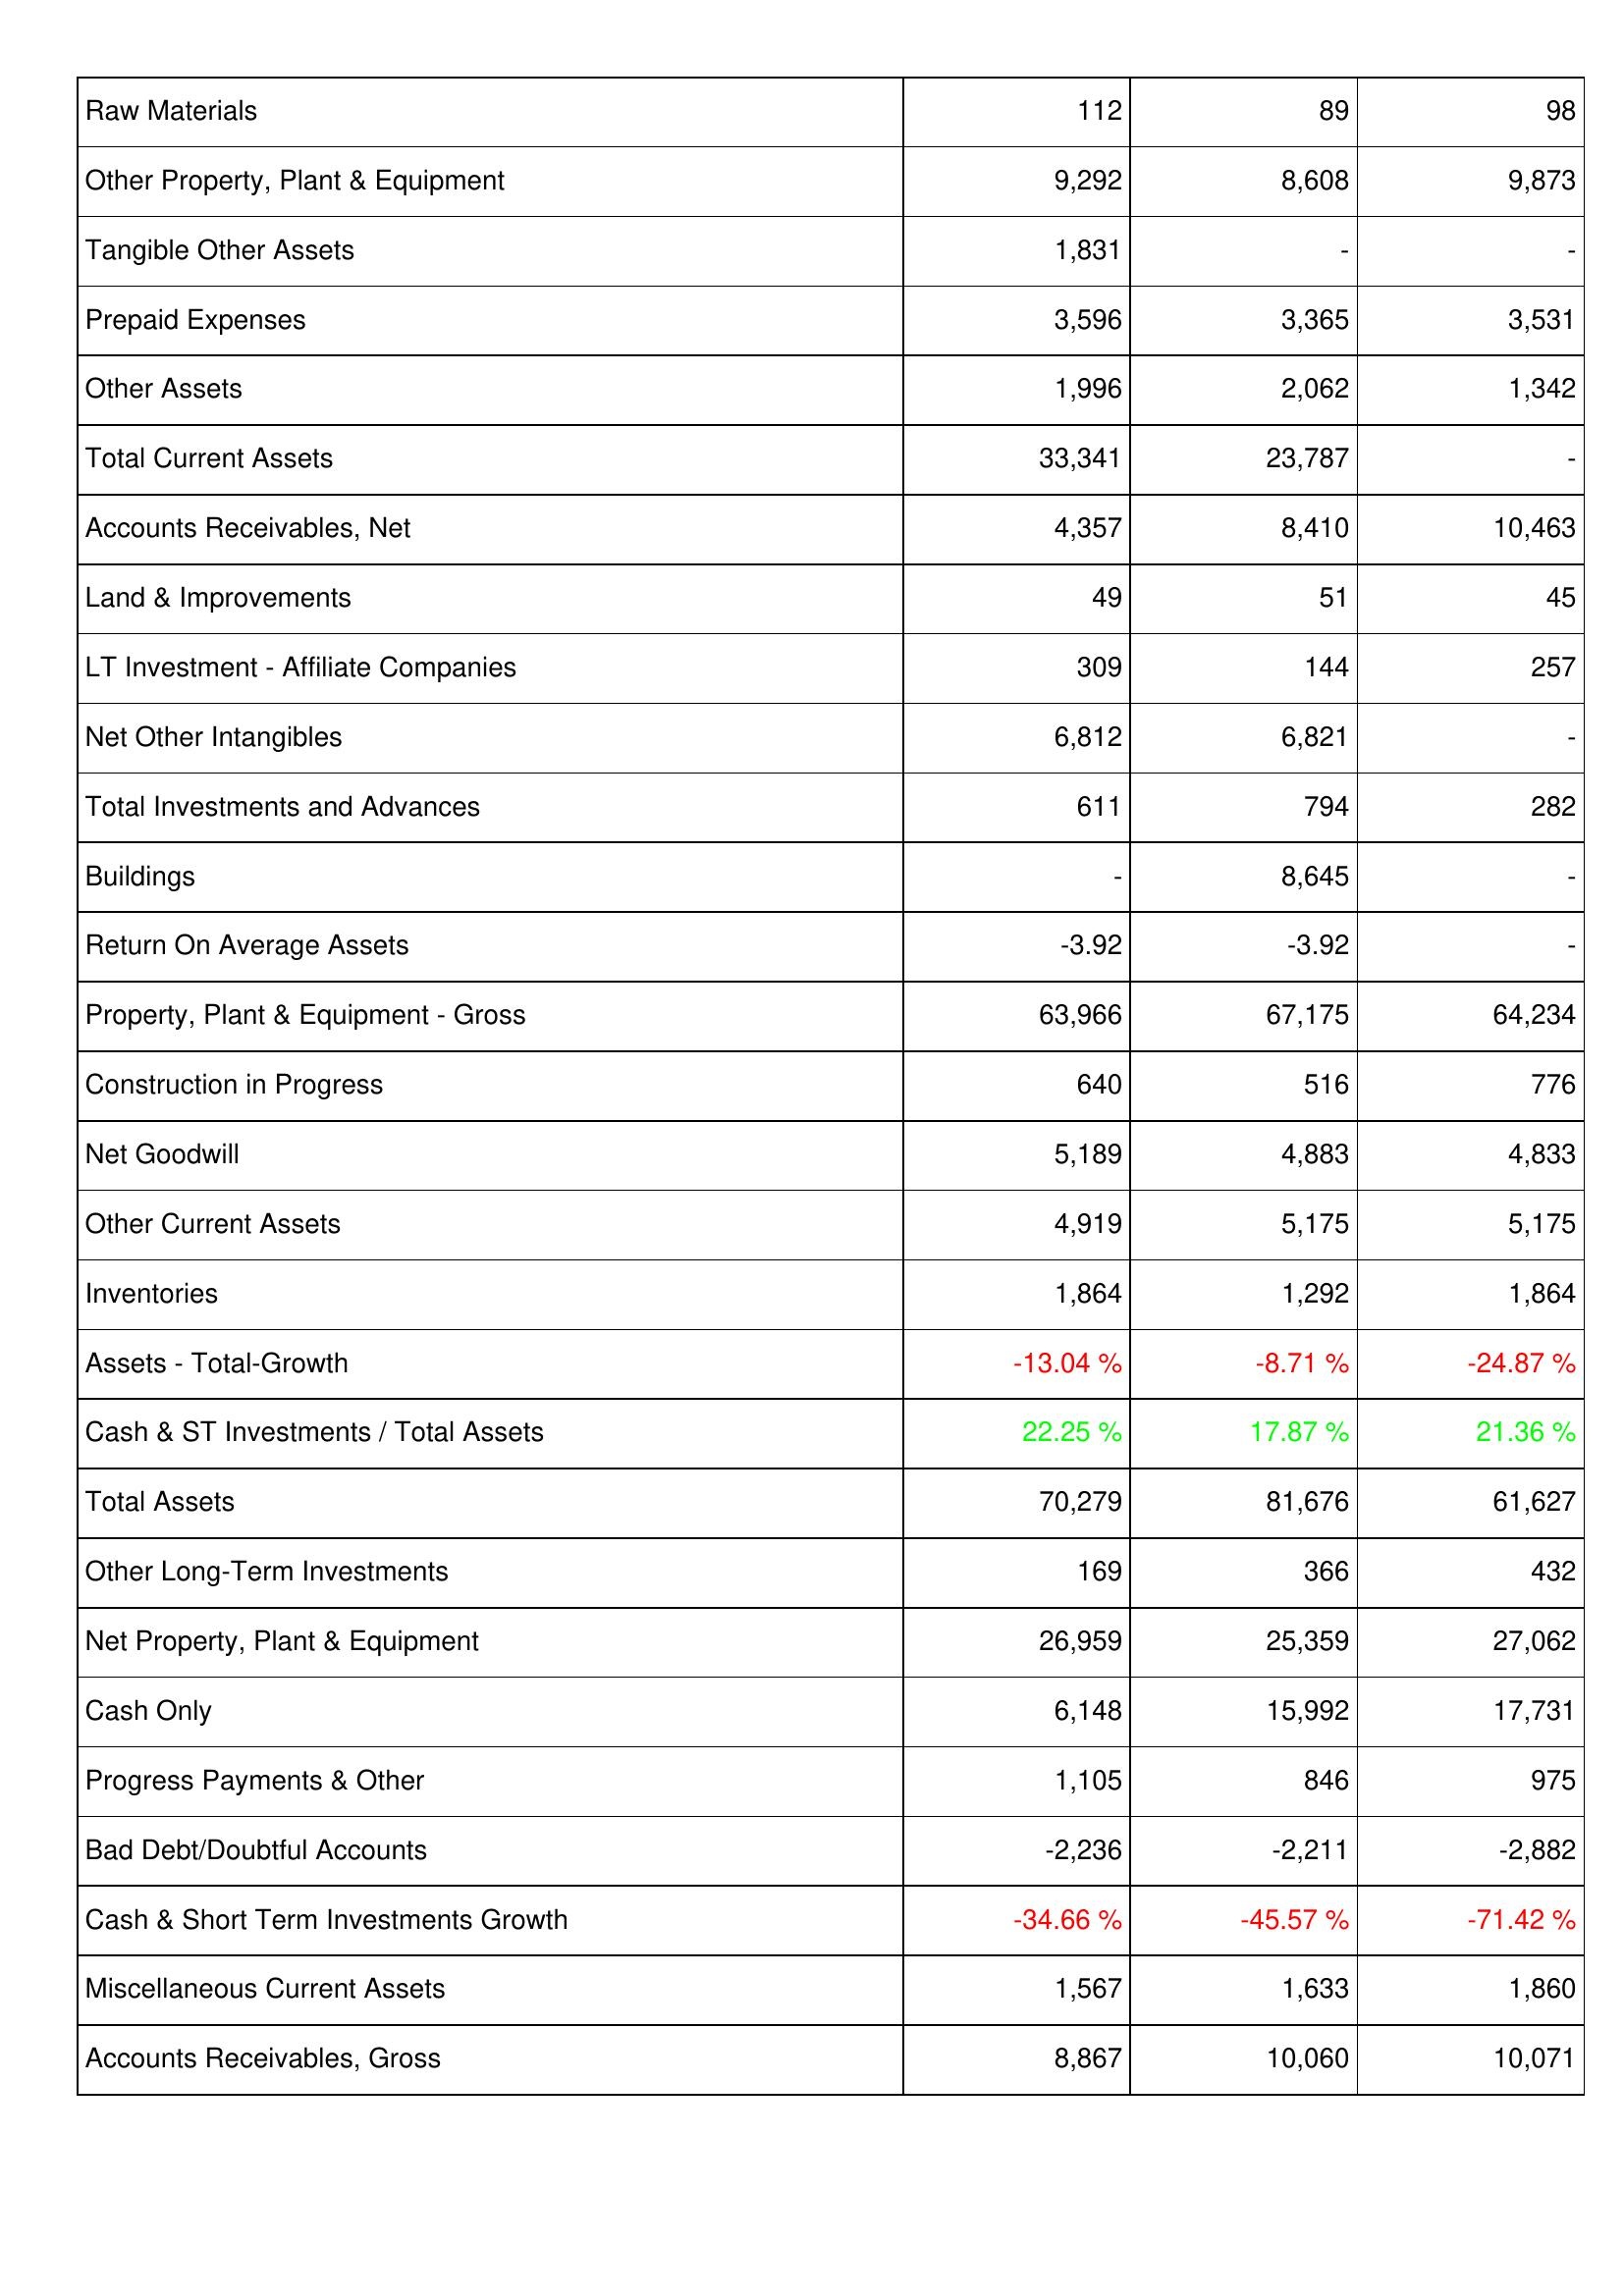
2011: Assets: Raw Materials: 112
Other Property, Plant & Equipment: 9,292
Tangible Other Assets: 1,831
Prepaid Expenses: 3,596
Other Assets: 1,996
Total Current Assets: 33,341
Accounts Receivables, Net: 4,357
Land & Improvements: 49
LT Investment - Affiliate Companies: 309
Net Other Intangibles: 6,812
Total Investments and Advances: 611
Buildings: -
Return On Average Assets: -3.92
Property, Plant & Equipment - Gross: 63,966
Construction in Progress: 640
Net Goodwill: 5,189
Other Current Assets: 4,919
Inventories: 1,864
Assets - Total-Growth: -13.04 %
Cash & ST Investments / Total Assets: 22.25 %
Total Assets: 70,279
Other Long-Term Investments: 169
Net Property, Plant & Equipment: 26,959
Cash Only: 6,148
Progress Payments & Other: 1,105
Bad Debt/Doubtful Accounts: -2,236
Cash & Short Term Investments Growth: -34.66 %
Miscellaneous Current Assets: 1,567
Accounts Receivables, Gross: 8,867
2012: Assets: Raw Materials: 89
Other Property, Plant & Equipment: 8,608
Tangible Other Assets: -
Prepaid Expenses: 3,365
Other Assets: 2,062
Total Current Assets: 23,787
Accounts Receivables, Net: 8,410
Land & Improvements: 51
LT Investment - Affiliate Companies: 144
Net Other Intangibles: 6,821
Total Investments and Advances: 794
Buildings: 8,645
Return On Average Assets: -3.92
Property, Plant & Equipment - Gross: 67,175
Construction in Progress: 516
Net Goodwill: 4,883
Other Current Assets: 5,175
Inventories: 1,292
Assets - Total-Growth: -8.71 %
Cash & ST Investments / Total Assets: 17.87 %
Total Assets: 81,676
Other Long-Term Investments: 366
Net Property, Plant & Equipment: 25,359
Cash Only: 15,992
Progress Payments & Other: 846
Bad Debt/Doubtful Accounts: -2,211
Cash & Short Term Investments Growth: -45.57 %
Miscellaneous Current Assets: 1,633
Accounts Receivables, Gross: 10,060
2013: Assets: Raw Materials: 98
Other Property, Plant & Equipment: 9,873
Tangible Other Assets: -
Prepaid Expenses: 3,531
Other Assets: 1,342
Total Current Assets: -
Accounts Receivables, Net: 10,463
Land & Improvements: 45
LT Investment - Affiliate Companies: 257
Net Other Intangibles: -
Total Investments and Advances: 282
Buildings: -
Return On Average Assets: -
Property, Plant & Equipment - Gross: 64,234
Construction in Progress: 776
Net Goodwill: 4,833
Other Current Assets: 5,175
Inventories: 1,864
Assets - Total-Growth: -24.87 %
Cash & ST Investments / Total Assets: 21.36 %
Total Assets: 61,627
Other Long-Term Investments: 432
Net Property, Plant & Equipment: 27,062
Cash Only: 17,731
Progress Payments & Other: 975
Bad Debt/Doubtful Accounts: -2,882
Cash & Short Term Investments Growth: -71.42 %
Miscellaneous Current Assets: 1,860
Accounts Receivables, Gross: 10,071